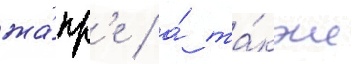
жа́нр'е / а́ та́кже